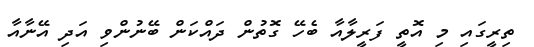
ތިރީގައި މި އޮތީ ފަރީލާއާ ބެހޭ ގޮތުން ދައްކަން ބޭނުންވި އަދި އޭނާއާ